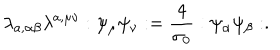
LaTeX: \lambda _ { a , \alpha \beta } \lambda ^ { a , \mu \nu } : \psi _ { \mu } \psi _ { \nu } : = \frac { 4 } { \sigma _ { 0 } } : \psi _ { \alpha } \psi _ { \beta } : .